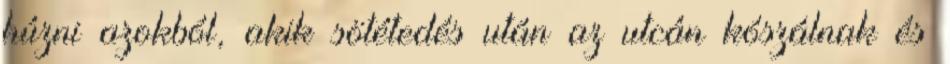
húzni azokból, akik sötétedés után az utcán kószálnak és